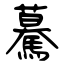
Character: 驀